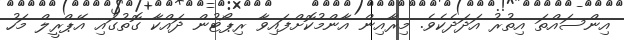
އިންސައްތަ އިތުރު އަދަދެކެވެ. މިރާއިން އާންމުކޮށްފައިވާ ރިޕޯޓުން ދައްކާ ގޮތުގައި އޭޕްރީލް މަހު